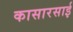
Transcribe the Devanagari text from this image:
कासारसाई